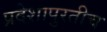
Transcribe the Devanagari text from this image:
प्रदेशापुरतीच